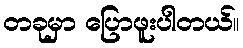
တခုမှာ ပြောဖူးပါတယ်။